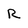
Character: R